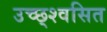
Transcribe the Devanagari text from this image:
उच्छ्श्वसित